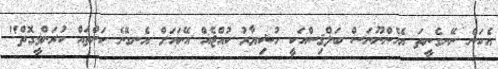
އެކަން ނޭނގެނީތަ އެހެންނޫނަސް ބަލްޤިސްއަކީ ހުޝިޔާރު ކުއްޖެއް އޭނައަށް އެނގޭނެ ކަންތައް ކުރަންވީގޮތް"